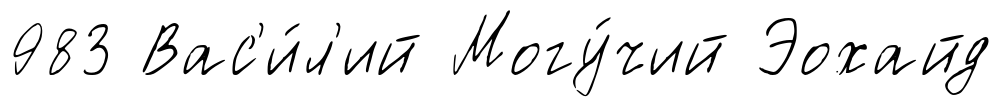
983 Вас'и́л'ий Могу́чий Эохайд